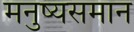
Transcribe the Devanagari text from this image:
मनुष्यसमान